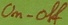
Text: On-off